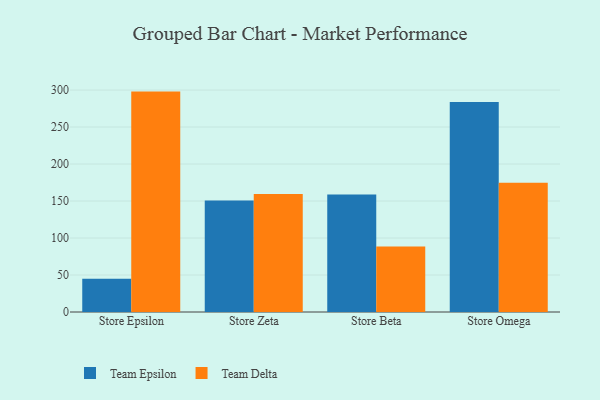
{"axis": {"x": "Store", "y": "Backlog"}, "legend": ["Team Delta", "Team Epsilon"], "data": [{"x": "Store Epsilon", "y": 45.0, "type": "Team Epsilon"}, {"x": "Store Epsilon", "y": 297.9, "type": "Team Delta"}, {"x": "Store Zeta", "y": 150.7, "type": "Team Epsilon"}, {"x": "Store Zeta", "y": 159.4, "type": "Team Delta"}, {"x": "Store Beta", "y": 158.8, "type": "Team Epsilon"}, {"x": "Store Beta", "y": 88.7, "type": "Team Delta"}, {"x": "Store Omega", "y": 284.0, "type": "Team Epsilon"}, {"x": "Store Omega", "y": 174.7, "type": "Team Delta"}]}